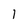
Character: 1